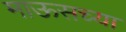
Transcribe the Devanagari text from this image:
माऊसच्या